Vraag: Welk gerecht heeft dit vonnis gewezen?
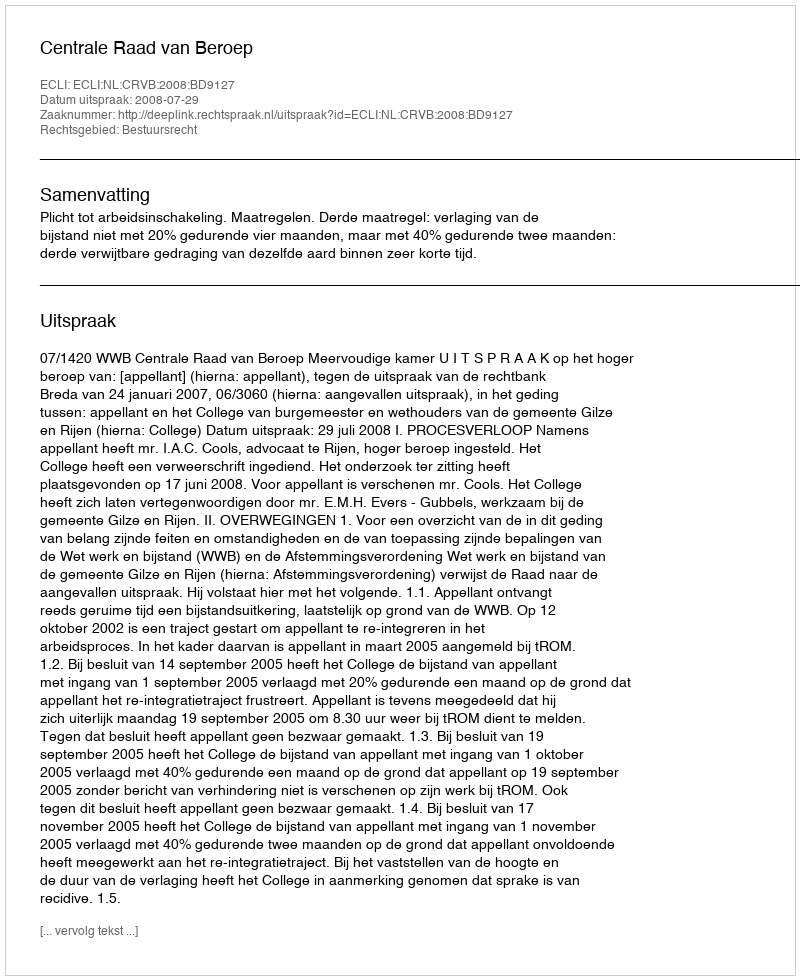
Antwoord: Centrale Raad van Beroep